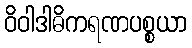
ဝိဝါဒါဓိကရဏပစ္စယာ